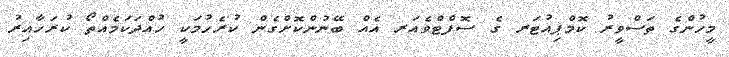
މީހުންގެ ތަސްވީރު ކޮމްޕިއުޓަރ ގެ ސޮފްޓްވެއަރ އެއް ބޭނުންކޮށްގެން ކުރެހުމަކީ ހުއްދަކަމެއްތޯ ކުރަހާއިރު